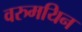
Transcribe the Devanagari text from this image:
वरुमयिन